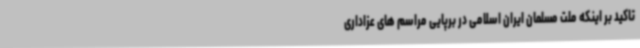
تاکید بر اینکه ملت مسلمان ایران اسلامی در برپایی مراسم های عزاداری